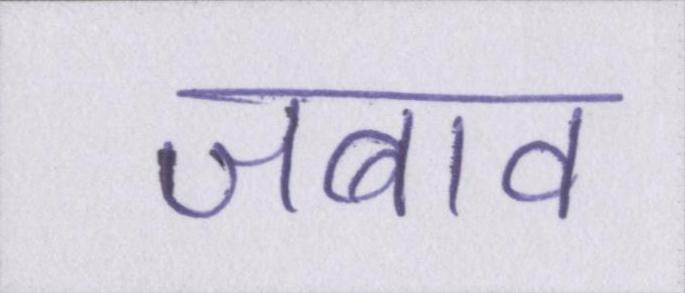
जबाव